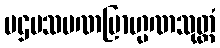
ပဌမသမဏဗြာဟ္မဏသုတ္တံ